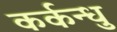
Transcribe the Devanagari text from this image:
कर्कन्धु